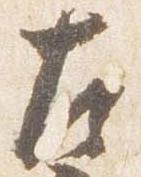
左